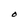
Character: O